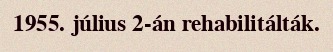
1955. július 2-án rehabilitálták.